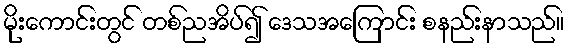
မိုးကောင်းတွင် တစ်ညအိပ်၍ ဒေသအကြောင်း စနည်းနာသည်။